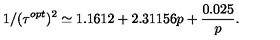
1 / ( \tau ^ { o p t } ) ^ { 2 } \simeq 1 . 1 6 1 2 + 2 . 3 1 1 5 6 p + { \frac { 0 . 0 2 5 } { p } } .